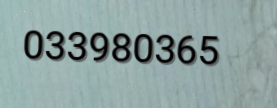
033980365